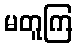
မတူကြ